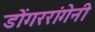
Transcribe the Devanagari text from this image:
डोंगररांगेनी